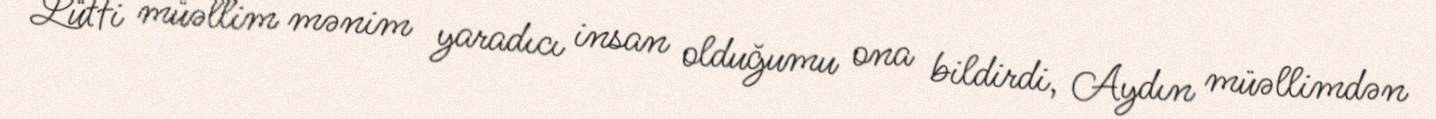
Lütfi müəllim mənim yaradıcı insan olduğumu ona bildirdi, Aydın müəllimdən